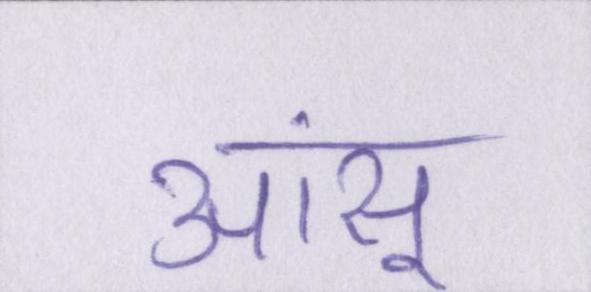
आंसू